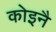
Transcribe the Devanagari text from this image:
कोइनै